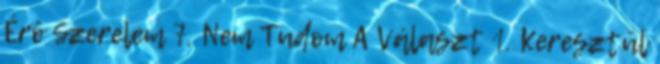
Érô Szerelem 7. Nem Tudom A Választ 1. Keresztül